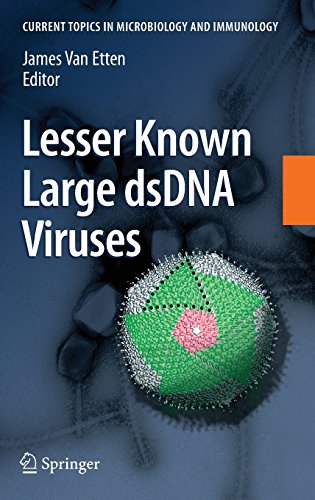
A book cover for Lesser Known Large dsDNA Viruses (Current Topics in Microbiology and Immunology); Medical Books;